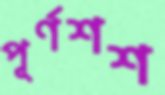
পূর্ণশশ